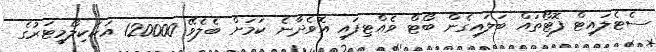
ސެޓެލައިޓް ފޮޓޯތައް ބަލައިގެން ބޯޓް ވެއްޓިފައި އޮވެދާނެ ކަމަށް ބެލެވޭ 120000 އަކަކިލޯމީޓަރުގެ